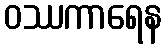
ဝဿကာရေန